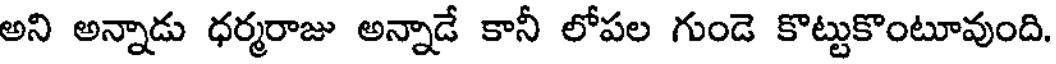
అని అన్నాడు ధర్మరాజు అన్నాడే కానీ లోపల గుండె కొట్టుకొంటూవుంది